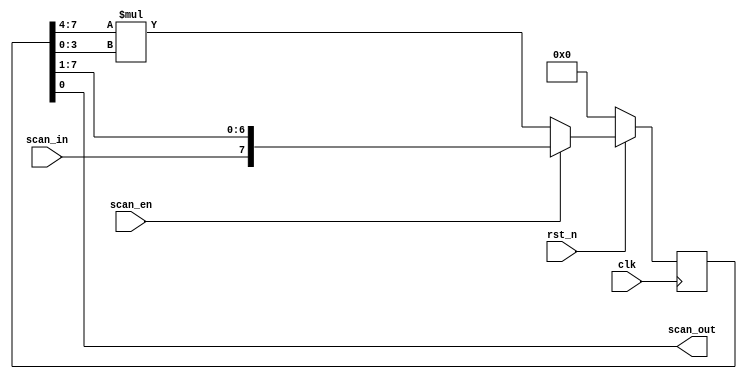
`timescale 1ns/1ps

module Scan_Chain_Design(clk, rst_n, scan_in, scan_en, scan_out);
input clk;
input rst_n;
input scan_in;
input scan_en;
output reg scan_out;

reg [7:0] sdff, p;

always@(*)begin
    p = sdff[7:4] * sdff[3:0];
    scan_out = sdff[0];
end

always@(posedge clk)begin
    if(rst_n == 1'b0) sdff <= 8'b0;
    else begin
        if(scan_en == 1'b0) sdff <= p;
        else sdff <= {scan_in, sdff[7:1]};
    end
end

//always@(negedge clk)begin
//    $display("a: %d, b: %d, p: %d, sdff: %b", sdff[7:4], sdff[3:0], p, sdff);
//end

endmodule